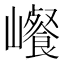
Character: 𰏀